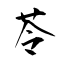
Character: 苓